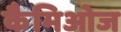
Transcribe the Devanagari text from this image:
कैमिओज